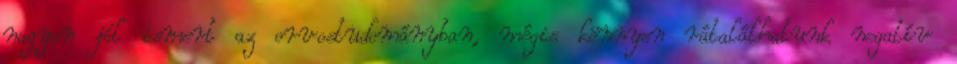
nagyon jól ismert az orvostudományban, mégis könnyen rátalálhatunk negatív